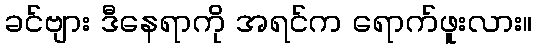
ခင်ဗျား ဒီနေရာကို အရင်က ရောက်ဖူးလား။